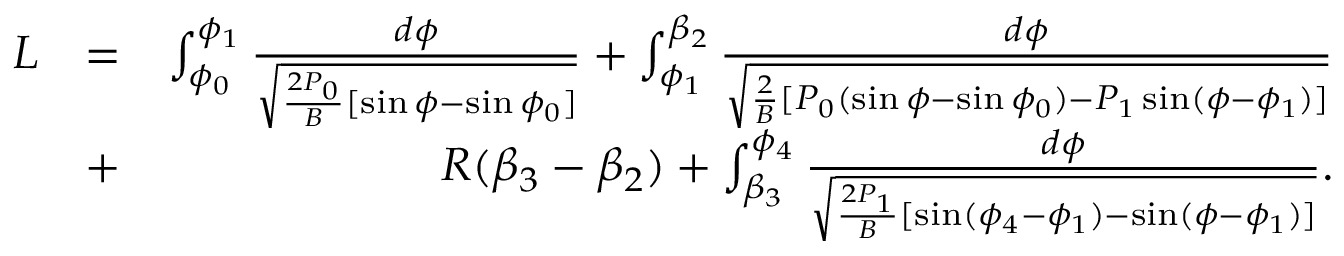
\begin{array} { r l r } { L } & { = } & { \int _ { \phi _ { 0 } } ^ { \phi _ { 1 } } \frac { d \phi } { \sqrt { \frac { 2 P _ { 0 } } { B } [ \sin \phi - \sin \phi _ { 0 } ] } } + \int _ { \phi _ { 1 } } ^ { \beta _ { 2 } } \frac { d \phi } { \sqrt { \frac { 2 } { B } [ P _ { 0 } ( \sin \phi - \sin \phi _ { 0 } ) - P _ { 1 } \sin ( \phi - \phi _ { 1 } ) ] } } } \\ & { + } & { R ( \beta _ { 3 } - \beta _ { 2 } ) + \int _ { \beta _ { 3 } } ^ { \phi _ { 4 } } \frac { d \phi } { \sqrt { \frac { 2 P _ { 1 } } { B } [ \sin ( \phi _ { 4 } - \phi _ { 1 } ) - \sin ( \phi - \phi _ { 1 } ) ] } } . } \end{array}